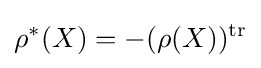
\rho ^{*}(X)=-(\rho (X))^{\operatorname {tr} }